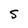
Character: s